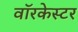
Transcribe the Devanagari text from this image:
वॉरकेस्टर